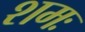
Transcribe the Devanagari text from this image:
शमः